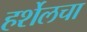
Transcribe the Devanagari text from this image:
हर्शेलचा